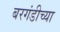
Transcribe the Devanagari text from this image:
बरगंडीच्या